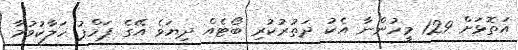
އަތޮޅަށް 129 މީހުންނާ އެކު ދަތުރުކުރި ބޯޓެއް ދިޔަވެ އޭގެ ޕަމްޕު ހަލާކުވުމާ